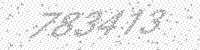
Solution: 783413